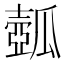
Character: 𤬗